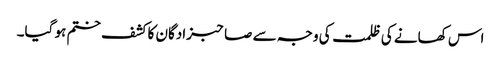
اس کھانے کی ظلمت کی وجہ سے صاحبزادگان کا کشف ختم ہو گیا۔